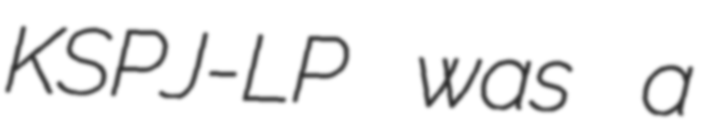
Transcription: KSPJ-LP was a